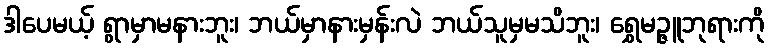
ဒါပေမယ့် ရွာမှာမနားဘူး၊ ဘယ်မှာနားမှန်းလဲ ဘယ်သူမှမသိဘူး၊ ရွှေမဉ္ဇူဘုရားကို